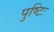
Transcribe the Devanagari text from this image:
पुष्टिः